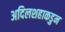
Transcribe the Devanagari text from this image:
अदिलशहाकडुन